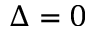
\Delta = 0